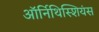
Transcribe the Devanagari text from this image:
ऑर्निथिस्शियंस